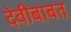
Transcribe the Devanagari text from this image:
देवीबाबत